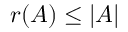
r ( A ) \leq | A |